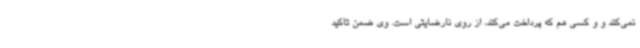
نمی‌کند و و کسی هم که پرداخت می‌کند، از روی نارضایتی است. وی ضمن تاکید